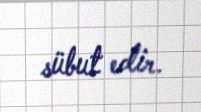
sübut edir.